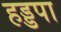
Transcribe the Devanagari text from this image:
हड्डपा